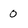
Character: 0